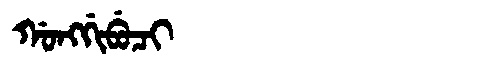
Manchu: ᡤᠣᠩᡤᡳᠪᡠᠴᡳ
Romanization: GONGGIBUCI